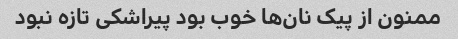
ممنون از پیک نان‌ها خوب بود پیراشکی تازه نبود